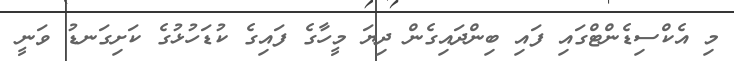
މި އެކްސިޑެންޓްގައި ފައި ބިންދައިގެން ދިޔަ މީހާގެ ފައިގެ ކުޑަހުޅުގެ ކަށިގަނޑު ވަނީ